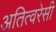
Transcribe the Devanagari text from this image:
अतित्वरेसी